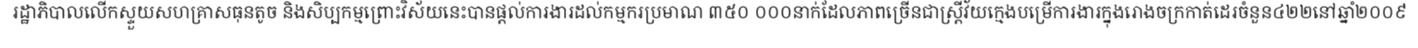
រដ្ឋាភិបាលលើកស្ទួយសហគ្រាសធុនតូច និងសិប្បកម្មព្រោះវិស័យនេះបានផ្តល់ការងារដល់កម្មករប្រមាណ ៣៥០ ០០០នាក់ដែលភាពច្រើនជាស្ត្រីវ័យក្មេងបម្រើការងារក្នុងរោងចក្រកាត់ដេរចំនួន៤២២នៅឆ្នាំ២០០៩